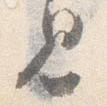
見